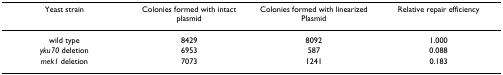
| Yeast strain | Colonies formed with intact plasmid | Colonies formed with linearized Plasmid | Relative repair efficiency |
 | --- | --- | --- | --- |
 | wild type | 8429 | 8092 | 1.000 |
 | yku70 deletion | 6953 | 587 | 0.088 |
 | mek1 deletion | 7073 | 1241 | 0.183 |